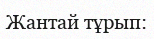
Жантай тұрып: